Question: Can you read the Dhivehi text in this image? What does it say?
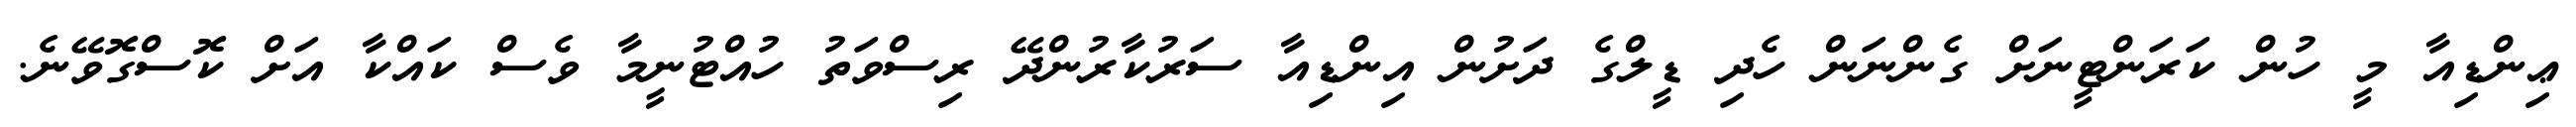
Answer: ޢިންޑިއާ މީ ހުން ކަރަންޓީނަށް ގެންނަން ހެދި ޑީލްގެ ދަށުން އިންޑިއާ ސަރުކާރުންދޭ ރިސްވަތު ހުއްޓުނީމާ ވެސް ކައްކާ އަށް ކޮސްގޮވޭނެ.